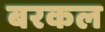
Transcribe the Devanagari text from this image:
बरकल